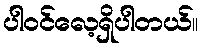
ပါဝင်လေ့ရှိပါတယ်။